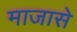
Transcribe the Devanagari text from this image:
माजासे